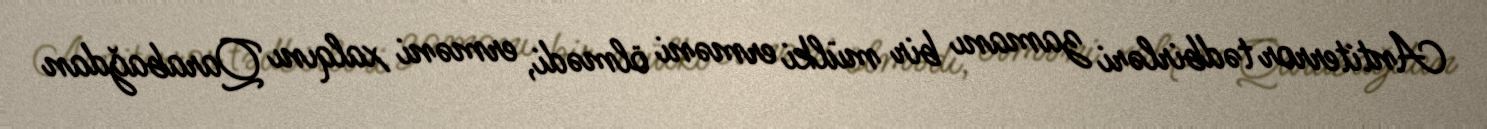
Antiterror tədbirləri zamanı bir mülki erməni ölmədi, erməni xalqını Qarabağdan